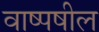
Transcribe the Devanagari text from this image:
वाष्पषील